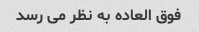
فوق العاده به نظر می رسد